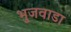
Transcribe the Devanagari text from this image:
भुजवाडा